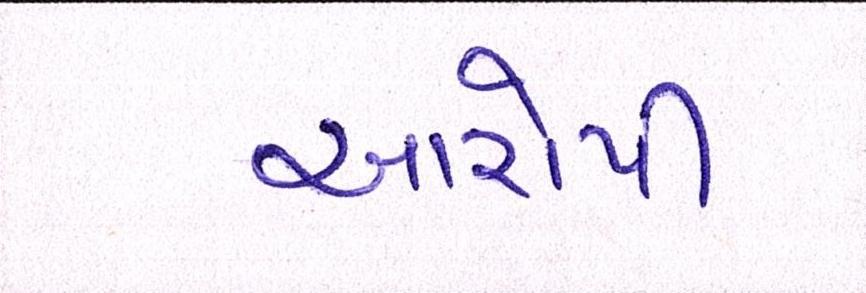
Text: આરોપી